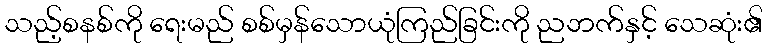
သည့်စနစ်ကို ရေးမည် စစ်မှန်သောယုံကြည်ခြင်းကို ညဘက်နှင့် သေဆုံး၏